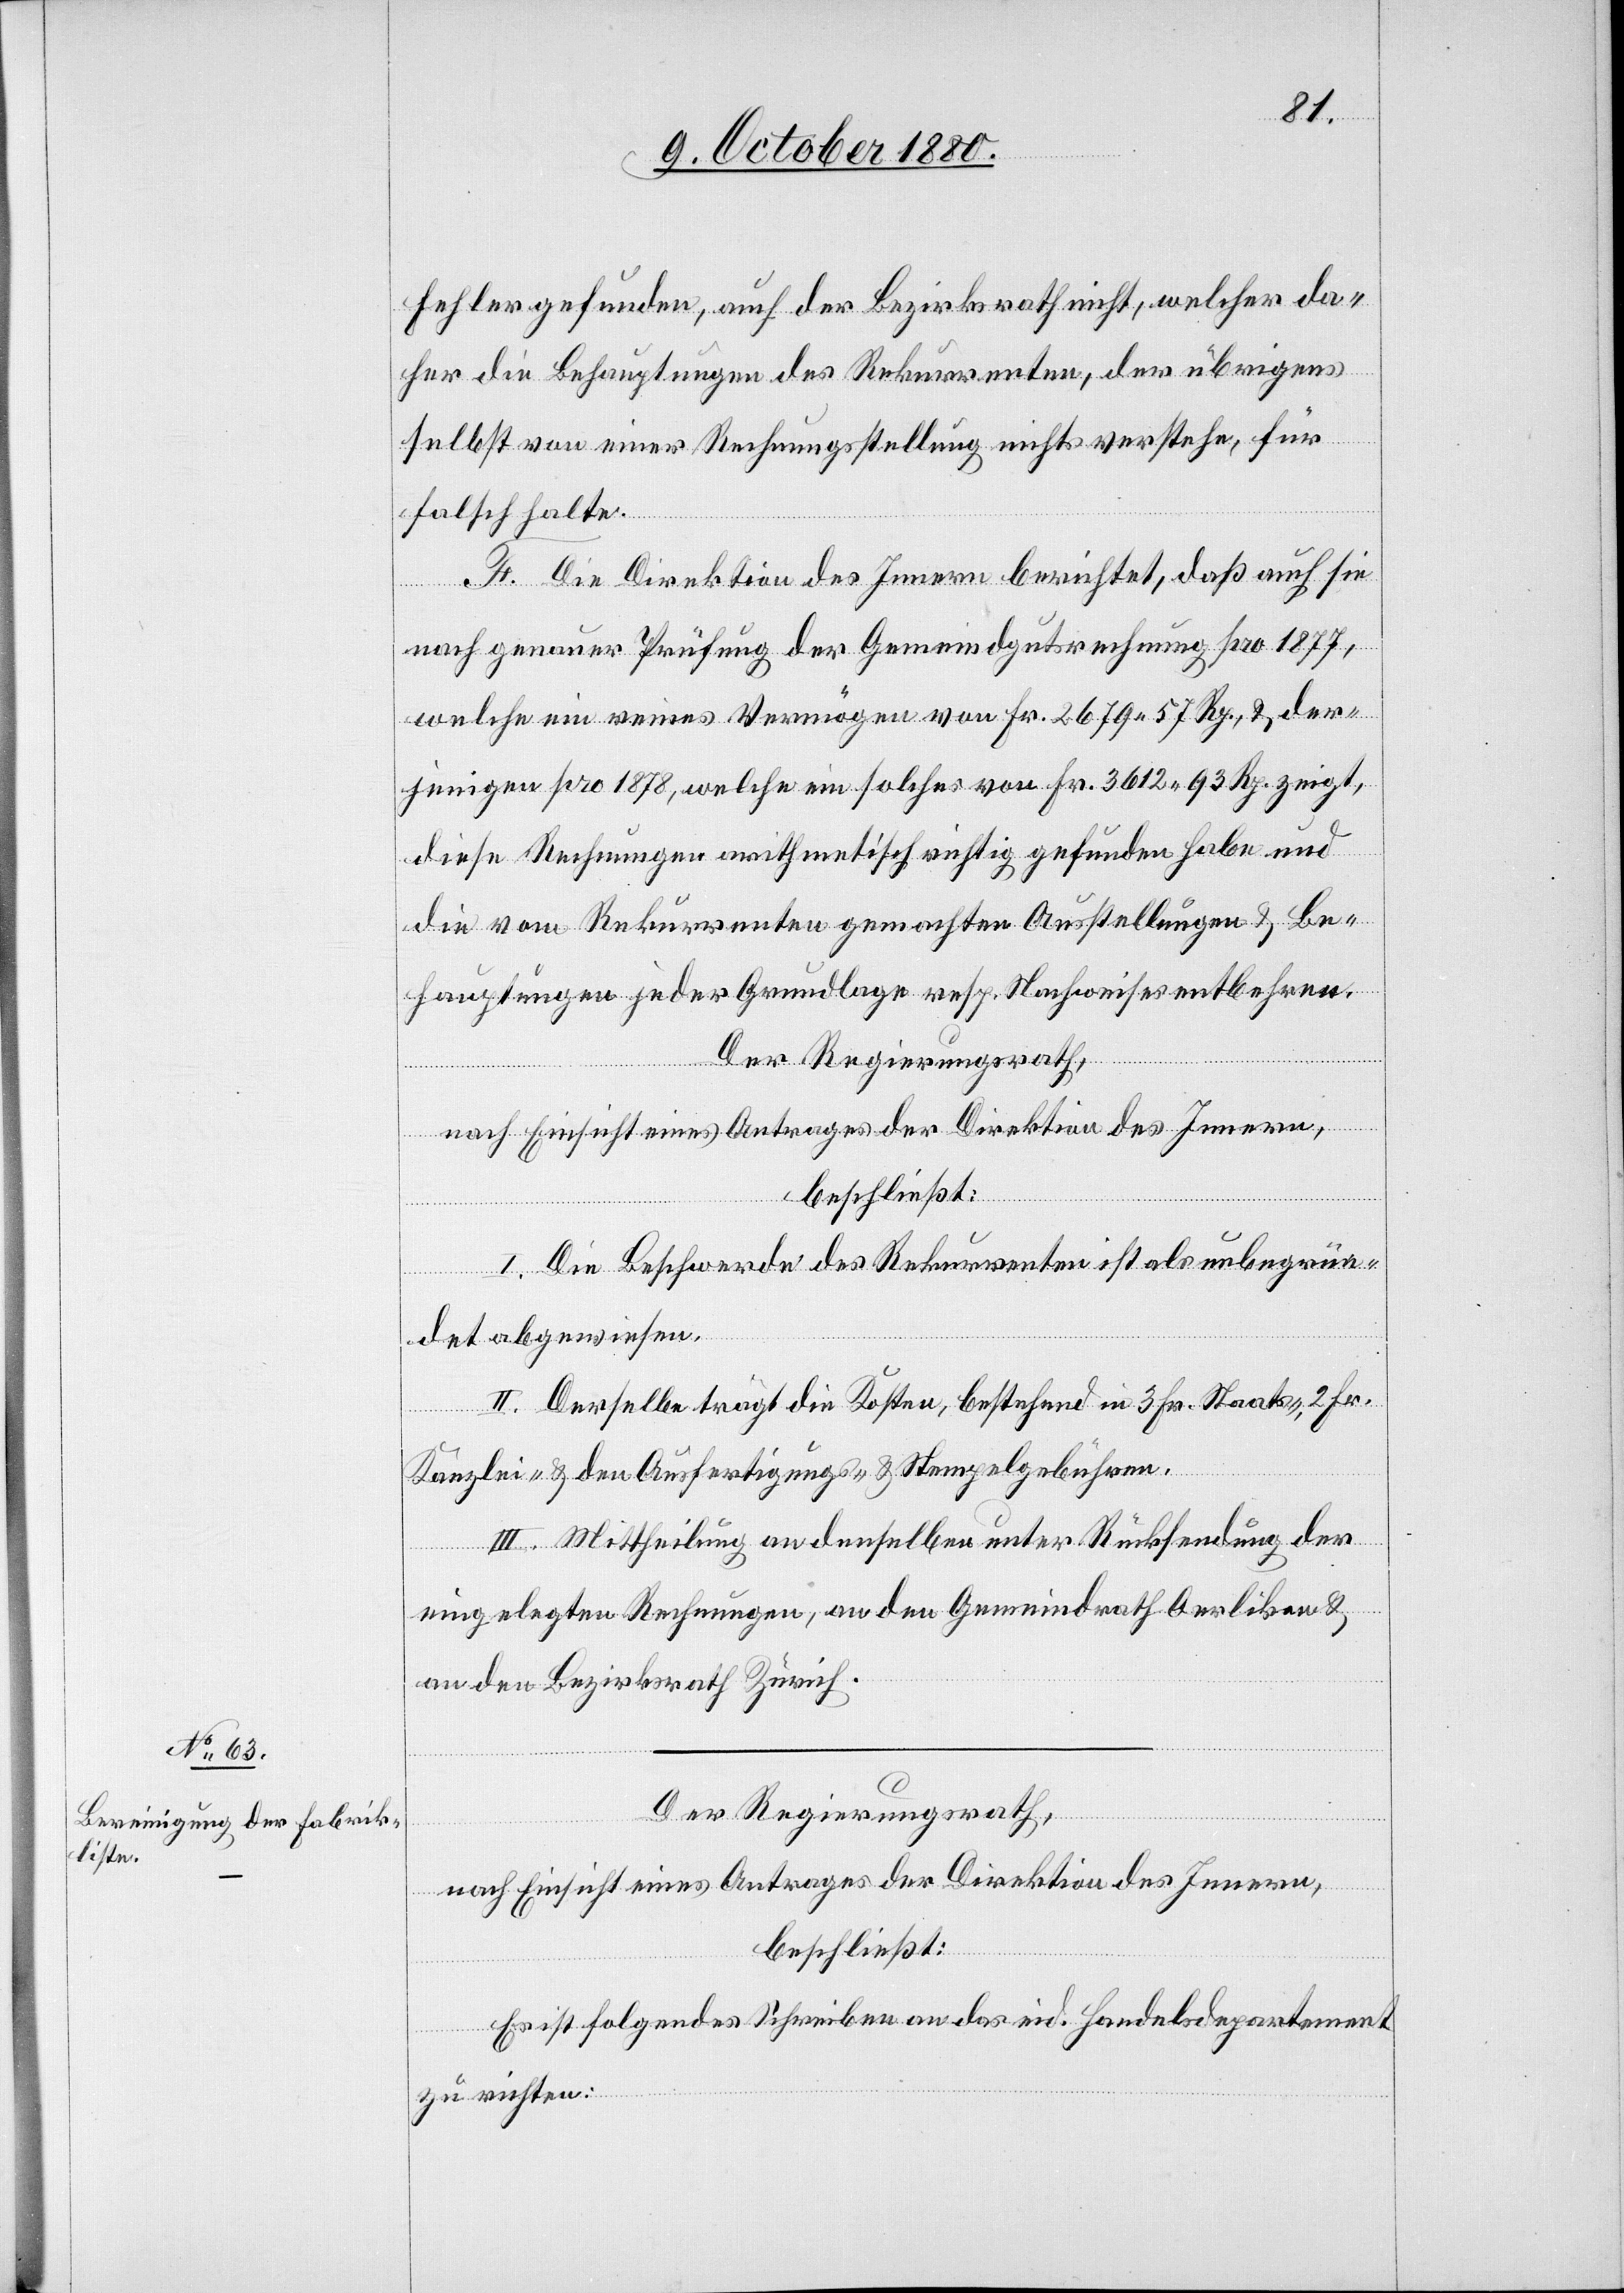
Fehler gefunden, auch der Bezirksrath nicht, welcher da¬
her die Behauptungen des Rekurrenten, der übrigens
selbst von einer Rechnungsstellung nichts verstehe, für
falsch halte.
F. Die Direktion des Innern berichtet, daß auch sie
nach genauer Prüfung der Gemeindsgutrechnung pro 1877,
welche ein reines Vermögen von Fr. 2679 57 Rp. & der¬
jenigen pro 1878, welche ein solches von Fr. 3612 93 Rp. zeigt,
diese Rechnungen arithmetisch richtig gefunden habe und
die vom Rekurrenten gemachten Ausstellungen & Be¬
hauptungen jeder Grundlage resp. Nachweises entbehren.
Der Regierungsrath,
nach Einsicht eines Antrages der Direktion des Innern,
beschließt:
I. Die Beschwerde des Rekurrenten ist als unbegrün¬
det abgewiesen.
II. Derselbe trägt die Kosten, bestehend in 3 Fr. Staats-, 2 Fr.
Kanzlei- & den Ausfertigungs- & Stempelgebühren.
III. Mittheilung an denselben unter Rücksendung der
eingelegten Rechnungen, an den Gemeindrath Oerlikon &
an den Bezirksrath Zürich.
Der Regierungsrath,
nach Einsicht eines Antrages der Direktion des Innern,
beschließt:
Es ist folgendes Schreiben an das eid. Handelsdepartement
zu richten: